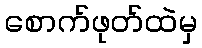
စောက်ဖုတ်ထဲမှ